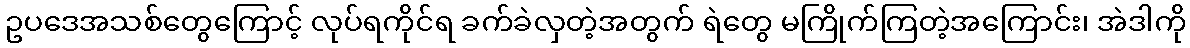
ဥပဒေအသစ်တွေကြောင့် လုပ်ရကိုင်ရ ခက်ခဲလှတဲ့အတွက် ရဲတွေ မကြိုက်ကြတဲ့အကြောင်း၊ အဲဒါကို